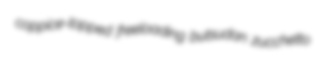
coppice-topped freeloading butsudan zucchetto